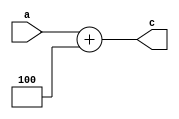
module PCIncrementer(a, c);
	parameter BIT_WIDTH = 32;

	input[BIT_WIDTH - 1 : 0] a;
	output[BIT_WIDTH - 1 : 0] c;

	assign c = a + {{(BIT_WIDTH - 3){1'b0}}, 3'b100};
endmodule